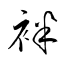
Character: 袢